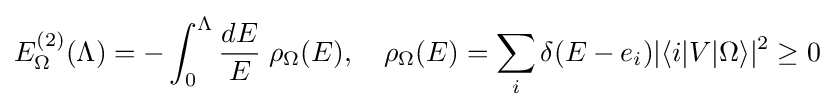
E_{\Omega }^{(2)}(\Lambda )=-\int _{0}^{\Lambda }{\frac {dE}{E}}\;\rho _{\Omega }(E),\quad \rho _{\Omega }(E)=\sum _{i}\delta (E-e_{i})|\langle i|V|\Omega \rangle |^{2}\geq 0